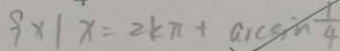
9 \times 1 x = 2 k \pi + \arcsin \frac { 1 } { 4 }